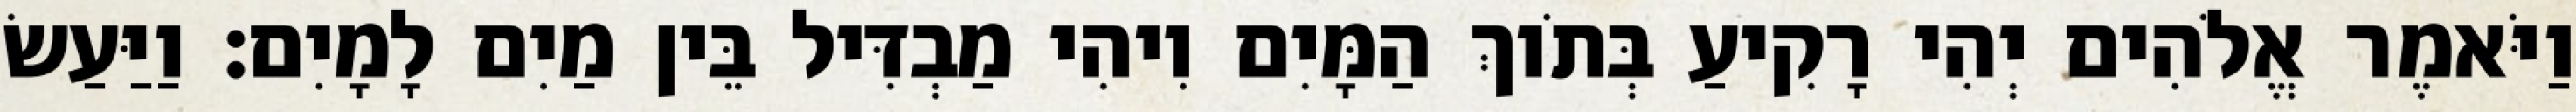
וַיֹּאמֶר אֱלֹהִים יְהִי רָקִיעַ בְּתֹוךְ הַמָּיִם וִיהִי מַבְדִּיל בֵּין מַיִם לָמָיִם׃ וַיַּעַשׂ